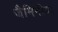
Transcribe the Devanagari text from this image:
जैमिनीय।